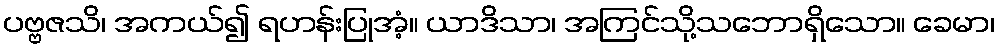
ပဗ္ဗဇသိ၊ အကယ်၍ ရဟန်းပြုအံ့။ ယာဒိသာ၊ အကြင်သို့သဘောရှိသော။ ခေမာ၊